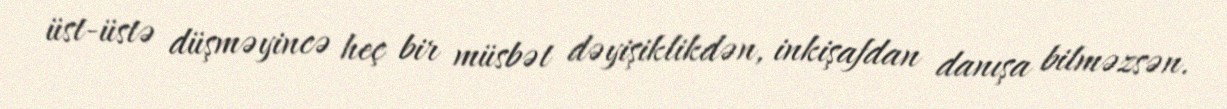
üst-üstə düşməyincə heç bir müsbət dəyişiklikdən, inkişafdan danışa bilməzsən.